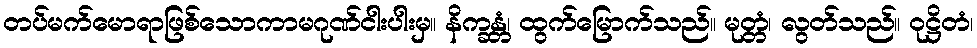
တပ်မက်မောရာဖြစ်သောကာမဂုဏ်ငါးပါးမှ။ နိက္ခန္တံ၊ ထွက်မြောက်သည်။ မုတ္တံ၊ လွတ်သည်။ ဝုဋ္ဌိတံ၊